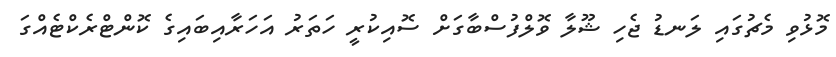
މޮޅުވި މެޗުގައި ލަނޑު ޖެހި ޝޫލާ ވޮލްފުސްބާގަށް ސޮއިކުރީ ހަތަރު އަހަރާއިބައިގެ ކޮންޓްރެކްޓެއްގަ